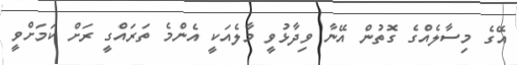
އޭގެ މިސާލެއްގެ ގޮތުން އޭނާ ވިދާޅުވީ މާލެއަކީ އެންމެ ތަރައްގީ ރަށް ކަމަށްވީ